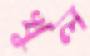
খুল